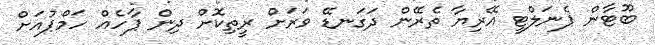
ބޫޓާން ޕެނަލްޓީ އޭރިޔާ ތެރޭން ދަގަނޑޭ ވަރަށް ރީތިކޮށް ދިން ޕާހެއް ހަމްޕުއަށް